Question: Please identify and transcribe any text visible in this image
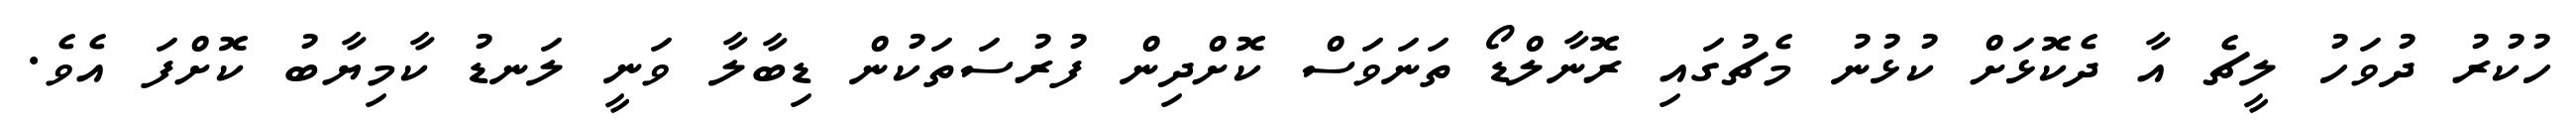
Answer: ހުކުރު ދުވަހު ލީޗެ އާ ދެކޮޅަށް ކުޅުނު މެޗުގައި ރޮނާލްޑޯ ތަނަވަސް ކޮށްދިން ފުރުސަތަކުން ޑިބާލާ ވަނީ ލަނޑު ކާމިޔާބު ކޮށްފަ އެވެ.